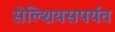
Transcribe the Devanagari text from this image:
सेल्शियसपर्यंत